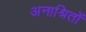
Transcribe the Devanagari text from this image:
अनाश्रितों